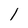
Character: l